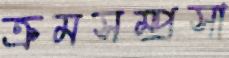
ক্রমসম্প্রসা